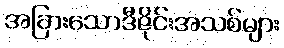
အခြားသောဒီဇိုင်းအသစ်များ